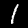
Label: 1